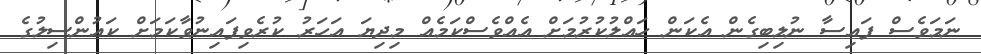
ނަމަވެސް ފައިސާ ނުލިބިގެން އެކަން ހައްލުކުރުމަށް އެއްވެސްކަމެއް މިދިޔަ އަހަރު ކުރެވިފައިނުވާކަމަށް ކައުންސިލުގެ